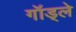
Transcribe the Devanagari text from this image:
गॉड्ले